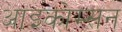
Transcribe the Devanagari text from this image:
आइकोम्सन